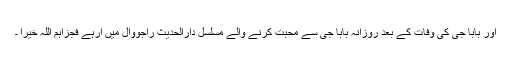
اور بابا جی کی وفات کے بعد روزانہ بابا جی سے محبت کرنے والے مسلسل دارالحدیث راجووال میں آرہے فجزاہم اللہ خیرا ۔